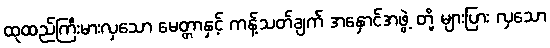
ထုထည်ကြီးမားလှသော မေတ္တာနှင့် ကန့်သတ်ချက် အနှောင်အဖွဲ့ တို့ များပြား လှသော